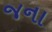
જના